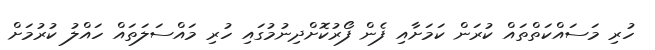
ހުރި މަސައްކަތްތައް ކުރަން ކަމަށާއި ފެން ފޯރުކޮށްދިނުމުގައި ހުރި މައްސަލަތައް ހައްލު ކުރުމަށް